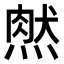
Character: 𤌔